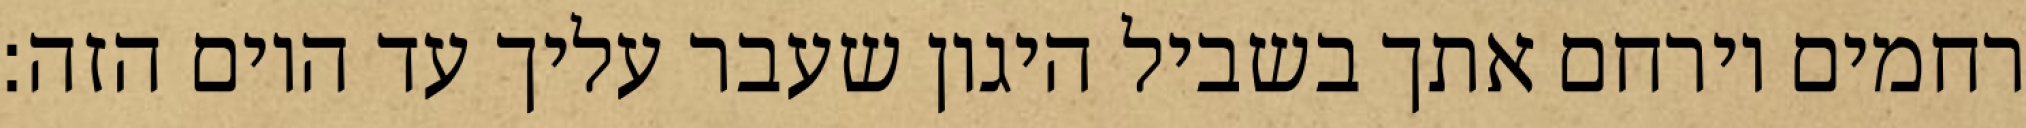
רחמים וירחם אתך בשביל היגון שעבר עליך עד היום הזה: